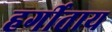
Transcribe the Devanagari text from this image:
हर्गीताय